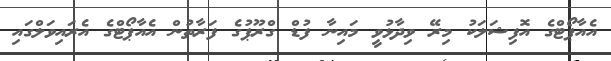
އެއާޕޯޓްގެ އޮފިޝަލަކު މިރޭ ވިދާޅުވީ މައިނާ ފުޑް ގްރޫޕުގެ ފަރާތުން އެއާޕޯޓްގެ އެރައިވަލްގައި